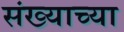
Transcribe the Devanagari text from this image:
संख्याच्या